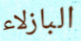
البازلاء